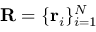
\mathbf { R } = \{ \mathbf { r } _ { i } \} _ { i = 1 } ^ { N }